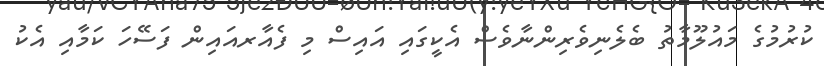
ކުރުމުގެ މައުލޫމާތު ބެލެނިވެރިންނާވެސް އެކީގައި އައިސް މި ފެއާރއައިން ފަސޭހަ ކަމާއި އެކު